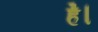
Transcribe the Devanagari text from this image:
हे॑।